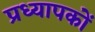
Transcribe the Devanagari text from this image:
प्रध्यापकों